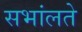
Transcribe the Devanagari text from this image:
सभांलते